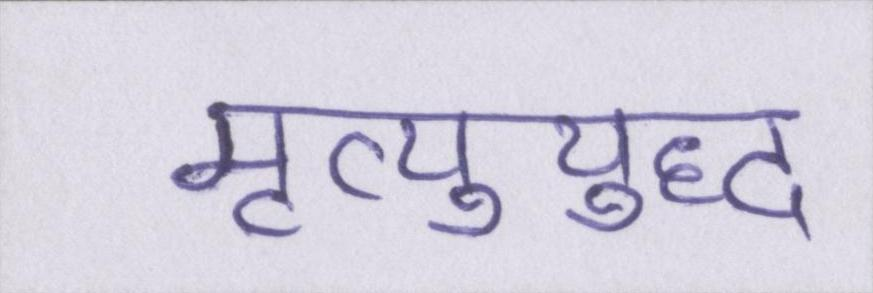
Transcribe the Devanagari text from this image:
मृत्युयुद्ध